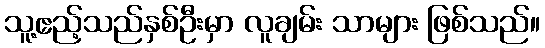
သူ့ဧည့်သည်နှစ်ဦးမှာ လူချမ်း သာများ ဖြစ်သည်။